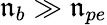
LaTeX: \mathfrak{n}_{b}\gg\mathfrak{n}_{pe}